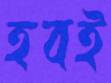
হবই